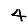
Digit: 4